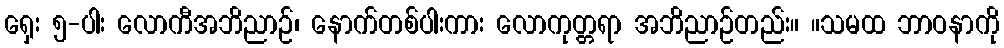
ရှေး ၅-ပါး လောကီအဘိညာဉ်၊ နောက်တစ်ပါးကား လောကုတ္တရာ အဘိညာဉ်တည်း။ ။သမထ ဘာဝနာကို